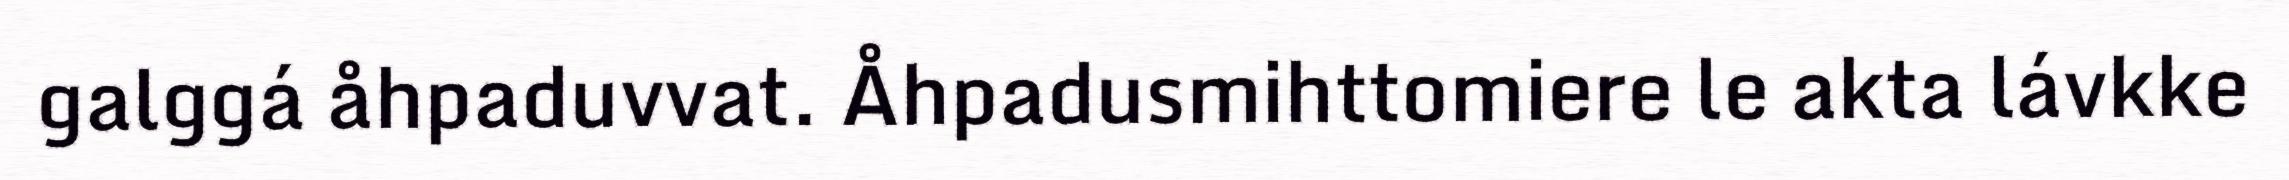
galggá åhpaduvvat. Åhpadusmihttomiere le akta lávkke